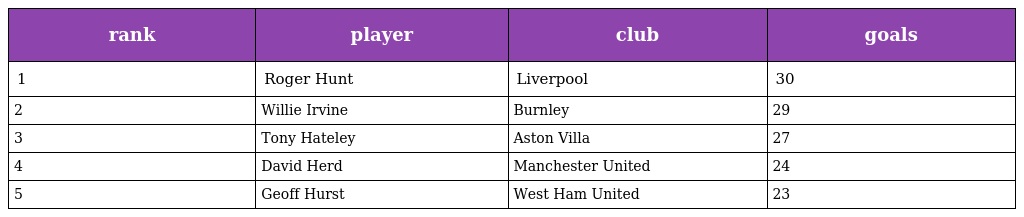
| rank | player | club | goals |
 | --- | --- | --- | --- |
 | 1 | Roger Hunt | Liverpool | 30 |
 | 2 | Willie Irvine | Burnley | 29 |
 | 3 | Tony Hateley | Aston Villa | 27 |
 | 4 | David Herd | Manchester United | 24 |
 | 5 | Geoff Hurst | West Ham United | 23 |